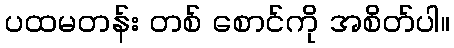
ပထမတန်း တစ် စောင်ကို အစိတ်ပါ။